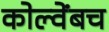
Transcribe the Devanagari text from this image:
कोल्वेंबच